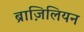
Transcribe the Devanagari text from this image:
ब्राज़िलियन